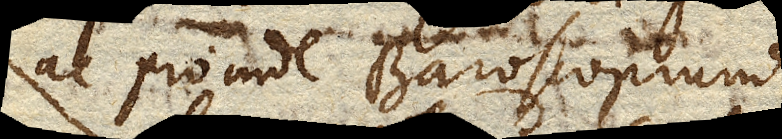
ac proinde Baroscopium